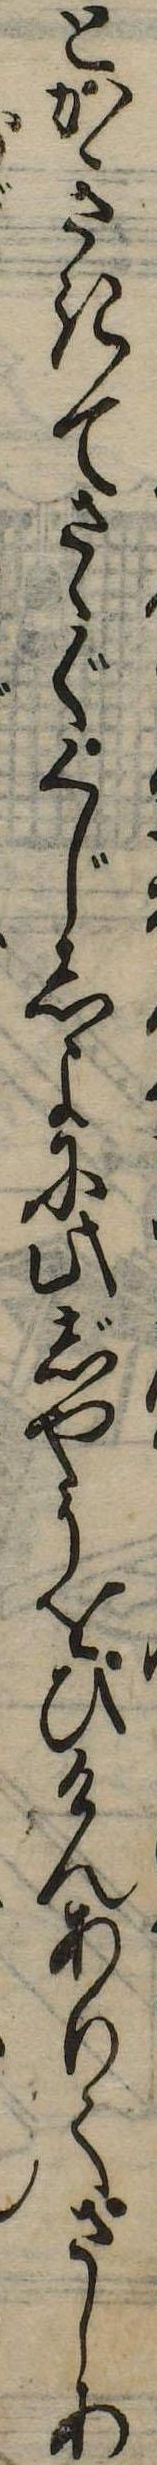
とかききてさゝぐくじしよに此じやうをひけんありてさしあ